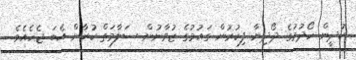
ކުދީން ހޯދުމުގެ ދޯދިޔާ ފިކުރުން ގައުމުގެ ޒުވާނުން ސަލާމަތް ކުރާން އެބަ ޖެހެއެވެ.